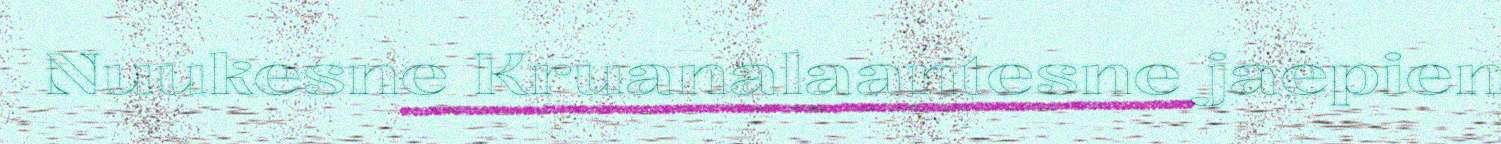
Nuukesne Kruanalaantesne jaepien